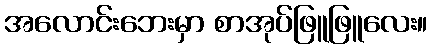
အလောင်းဘေးမှာ စာအုပ်ဖြူဖြူလေး။